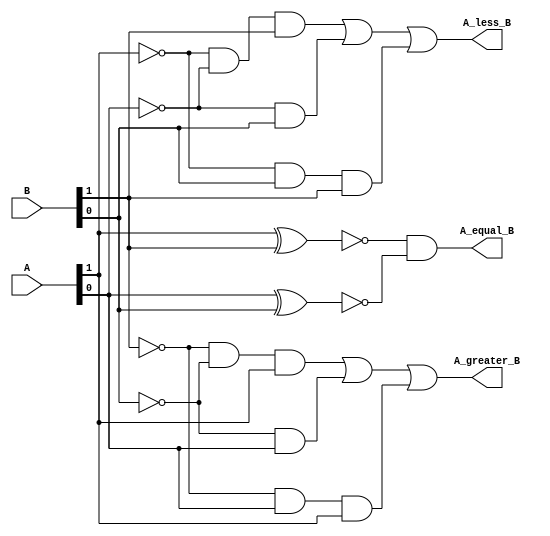
module comparador(A, B, A_equal_B, A_less_B, A_greater_B);
   input [1: 0] A, B;
   output A_equal_B, A_less_B, A_greater_B;
	wire equal1, equal2, tmp1,tmp2,tmp3,tmp4,tmp5, tmp6, tmp7, tmp8;
	wire supA_equal_B, supA_less_B, supA_greater_B;
	wire[1: 0] A_not, B_not;
	
	not A_inv0 (A_not[0], A[0]);
	not A_inv1 (A_not[1], A[1]);
	not B_inv0 (B_not[0], B[0]);
	not B_inv1 (B_not[1], B[1]);
	
	xnor testeIgual0 (equal1, A[0], B[0]);
	xnor testeIgual1 (equal2, A[1], B[1]);
	and A_equals_B_supOutput (A_equal_B, equal2, equal1);
	
	and condicao0_AlessB (tmp3, A_not[1], A_not[0], B[1]);
	and condicao1_AlessB (tmp4, A_not[0], B[0]);	
	and condicao2_AlessB (tmp5, A_not[1], B[0], B[1]);
	or A_less_B_supOutput (A_less_B, tmp3, tmp4, tmp5);
	
	and condicao0_AgreaterB (tmp6, B_not[1], B_not[0], A[1]);
	and condicao1_AgreaterB (tmp7, B_not[0], A[0]);	
	and condicao2_AgreaterB (tmp8, B_not[1], A[0], A[1]);
	or A_greater_B_supOutput (A_greater_B, tmp6, tmp7, tmp8);
	
	
	

endmodule